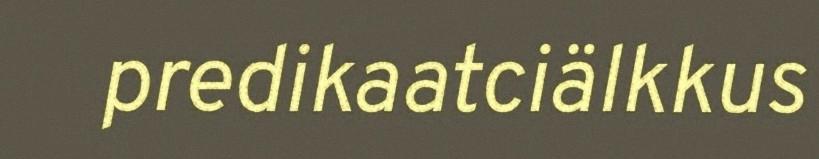
predikaatciälkkus